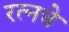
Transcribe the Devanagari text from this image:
रत्‍नचे